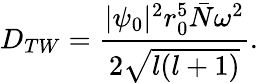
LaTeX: D_{TW}=\frac{|\psi_{0}|^{2}r_{0}^{5}\bar{N}\omega^{2}}{2\sqrt{l(l+1)}}.